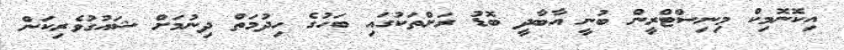
އިކޮނޮމިކް މިނިސްޓްރީން ބުނީ އާބާދީ ބޮޑު ރަށްތަކުގައި ބަހުގެ ހިދުމަތް ދިނުމަށް ޝައުގުވެރިކަން